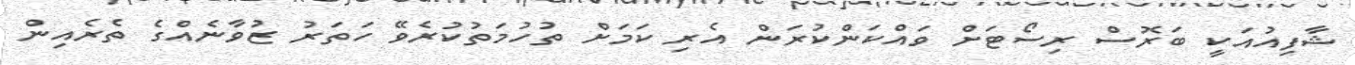
ޝާފިއުއަކީ ބަރޮސް ރިސޯޓަށް ވައްކަންކުރަން އެރި ކަމަށް ތުހުމަތުކުރެވޭ ހަތަރު ޒުވާނެއްގެ ތެރެއިން